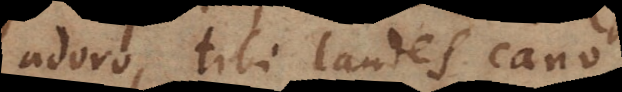
adoro, tibi laudes cano.